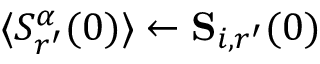
\langle S _ { r ^ { \prime } } ^ { \alpha } ( 0 ) \rangle \gets \mathbf { S } _ { i , r ^ { \prime } } ( 0 )